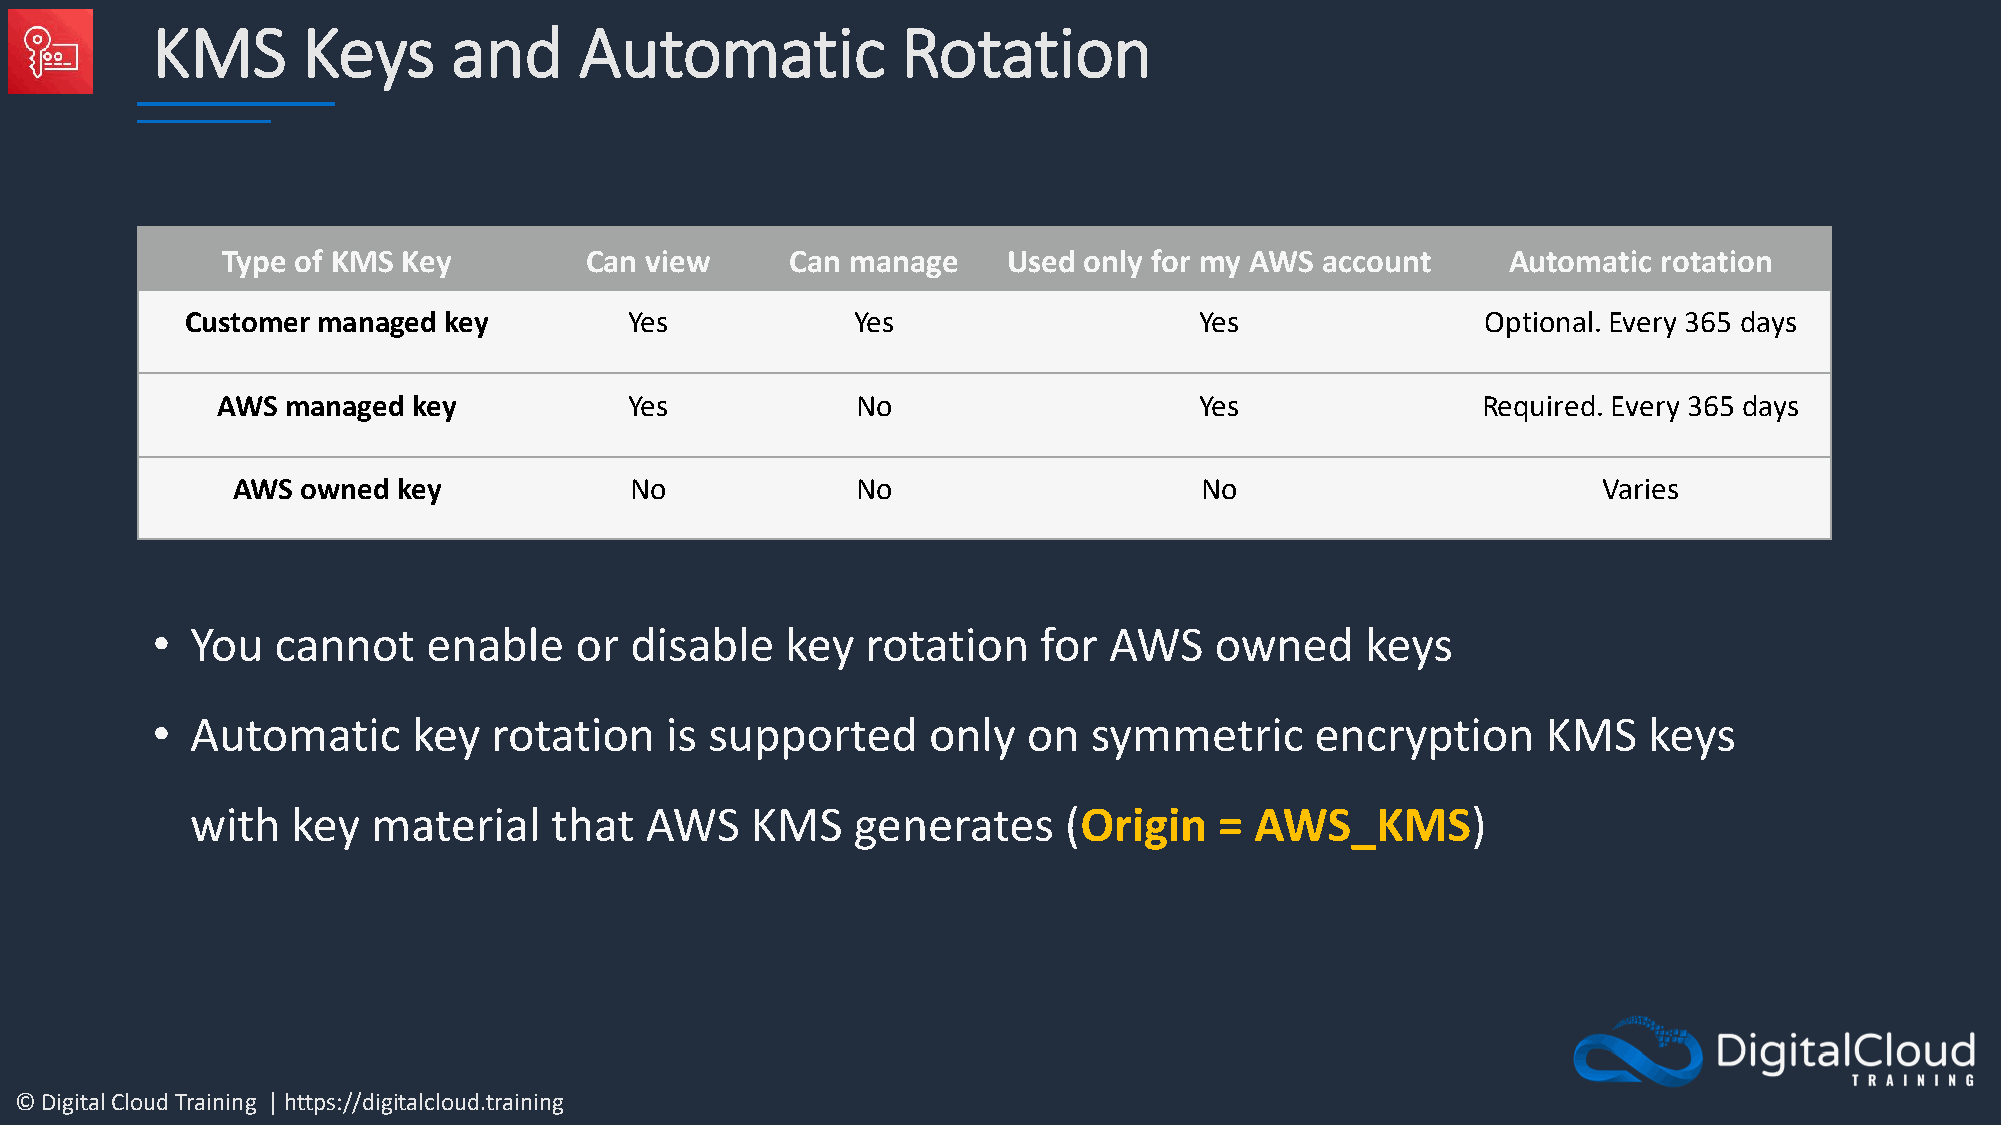
KMS       Keys      and     Automatic             Rotation
 Type of KMS Key         Can view     Can manage     Used only for my AWS account     Automatic rotation
 Customer managed key          Yes           Yes                    Yes                Optional. Every 365 days
 AWS  managed key            Yes            No                    Yes                Required. Every 365 days
 AWS  owned key             No             No                    No                         Varies
 •  You  cannot    enable    or  disable   key  rotation    for AWS    owned     keys
 •  Automatic     key   rotation   is supported     only   on  symmetric      encryption     KMS    keys
 with  key   material   that   AWS    KMS    generates    (Origin    = AWS_KMS)
 © Digital Cloud Training | https://digitalcloud.training